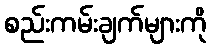
စည်းကမ်းချက်များကို